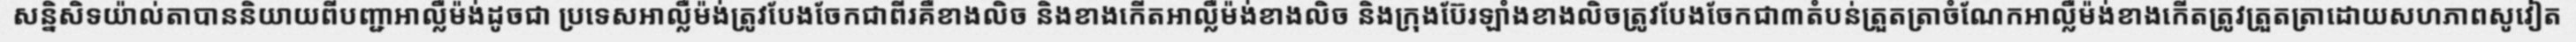
សន្និសិទយ៉ាល់តាបាននិយាយពីបញ្ជាអាល្លឺម៉ង់ដូចជា ប្រទេសអាល្លឺម៉ង់ត្រូវបែងចែកជាពីរគឺខាងលិច និងខាងកើតអាល្លឺម៉ង់ខាងលិច និងក្រុងប៊ែរឡាំងខាងលិចត្រូវបែងចែកជា៣តំបន់ត្រួតត្រាចំណែកអាល្លឺម៉ង់ខាងកើតត្រូវត្រួតត្រាដោយសហភាពសូវៀត